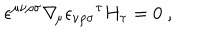
\epsilon ^ { \mu \nu \rho \sigma } \nabla _ { \! \mu } { \epsilon _ { \nu \rho \sigma } } ^ { \tau } H _ { \tau } = 0 \ ,